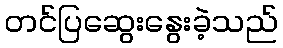
တင်ပြဆွေးနွေးခဲ့သည်